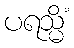
ပရသ္မိံ